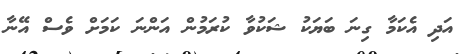
އަދި އެކަމާ ގިނަ ބަޔަކު ޝަކުވާ ކުރަމުން އަންނަ ކަމަށް ވެސް އޭނާ